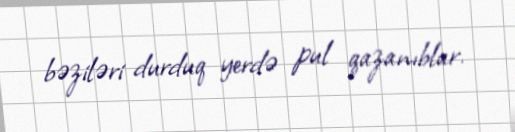
bəziləri durduq yerdə pul qazanıblar.